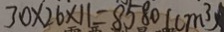
3 0 \times 2 6 \times 1 1 = 8 5 8 0 ( c m ^ { 3 } )